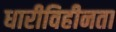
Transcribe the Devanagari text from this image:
धारीविहीनता